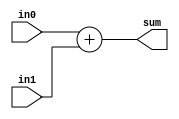
module Add (
		input wire in0,
		input wire in1,
		output reg sum
);

	always @(*) begin
		sum <= in0 + in1;
	end

endmodule